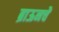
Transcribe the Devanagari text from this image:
ब्राऊनचेेे